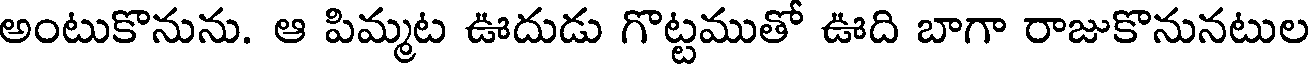
అంటుకొనును. ఆ పిమ్మట ఊదుడు గొట్టముతో ఊది బాగా రాజుకొనునటుల